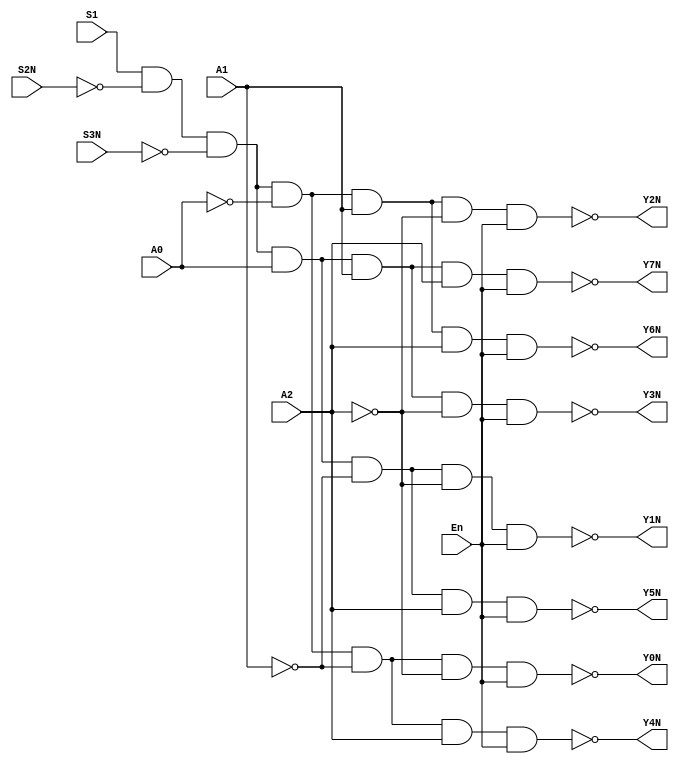
module Decoder_74hc138_2_1(input   En,A0,A1,A2,S1,S2N,S3N,output Y0N,Y1N,Y2N,Y3N,Y4N,Y5N,Y6N,Y7N);
assign Y0N=~(S1&~S2N&~S3N&~A0&~A1&~A2&En);
assign Y1N=~(S1&~S2N&~S3N&A0&~A1&~A2&En);
assign Y2N=~(S1&~S2N&~S3N&~A0&A1&~A2&En);
assign Y3N=~(S1&~S2N&~S3N&A0&A1&~A2&En);
assign Y4N=~(S1&~S2N&~S3N&~A0&~A1&A2&En);
assign Y5N=~(S1&~S2N&~S3N&A0&~A1&A2&En);
assign Y6N=~(S1&~S2N&~S3N&~A0&A1&A2&En);
assign Y7N=~(S1&~S2N&~S3N&A0&A1&A2&En);
endmodule